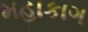
મહાકાગ